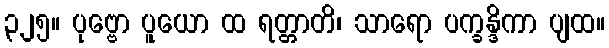
၃၂၅။ ပုဗ္ဗော ပူယော ထ ရတ္တာတိ၊ သာရော ပက္ခန္ဒိကာ ပျထ။